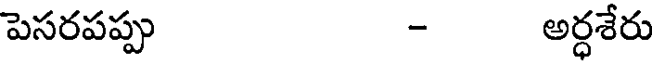
పెసరపప్పు - అర్ధశేరు